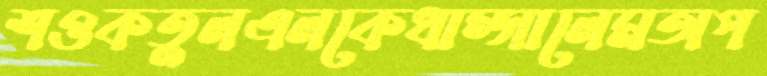
শওকতুলএলকেধাম্‌সালেমঅপ